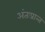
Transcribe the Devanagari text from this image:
अंतःप्रान्त